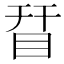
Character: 𥅝